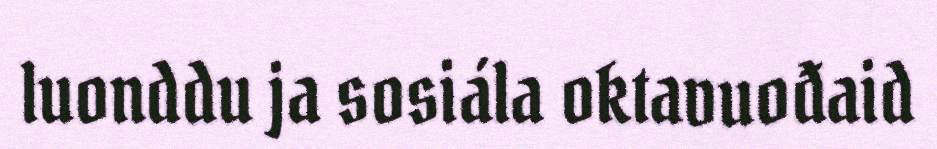
luonddu ja sosiála oktavuođaid